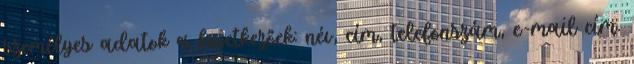
személyes adatok a következőek: név, cím, telefonszám, e-mail cím.